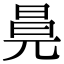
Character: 㫯